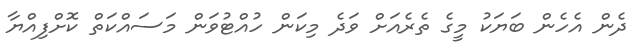
ދެން އެހެން ބަޔަކު މީގެ ތެރެއަށް ވަދެ މިކަން ހުއްޓުވަން މަސައްކަތް ކޮށްފިއްޔާ